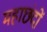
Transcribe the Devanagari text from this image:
महाछंदों